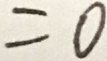
= 0